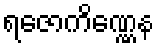
ရဇောကိဏ္ဏေန